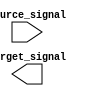
module bit_select_assign(
    input [7:0] source_signal,
    output [7:0] target_signal
);

assign target_signal[3] = source_signal[5];

endmodule